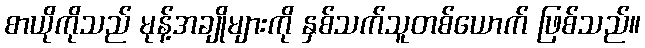
စာယိုကိုသည် မုန့်အချိုများကို နှစ်သက်သူတစ်ယောက် ဖြစ်သည်။